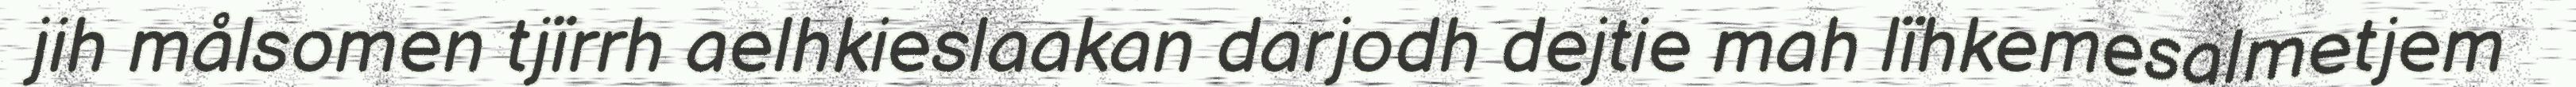
jih målsomen tjïrrh aelhkieslaakan darjodh dejtie mah lïhkemesalmetjem